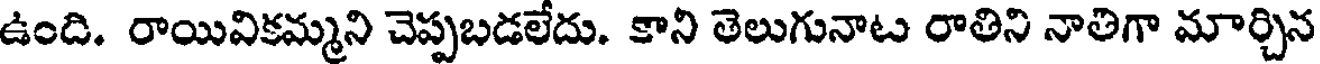
ఉంది. రాయివికమ్మని చెప్పబడలేదు. కాని తెలుగునాట రాతిని నాతిగా మార్చిన